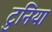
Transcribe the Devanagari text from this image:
टुनिया